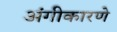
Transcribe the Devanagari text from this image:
अंगीकारणे